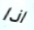
اذا